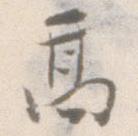
高